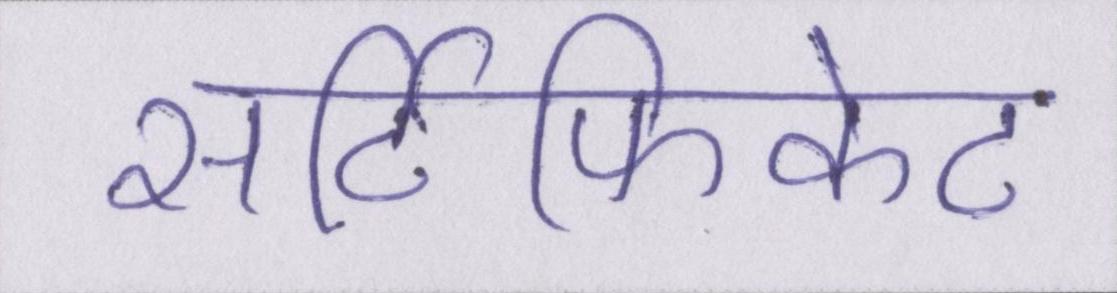
सर्टिफिकेट